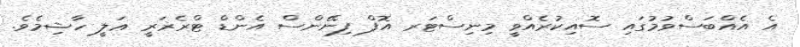
އެ އެއްބަސްވުމުގައި ސޮއިކުރެއްވީ މިނިސްޓަރ އޮފް ފިނޭންސް އެންޑް ޓްރެޜަރީ ޢަލީ ހާޝިމެވެ.